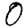
Digit: 0